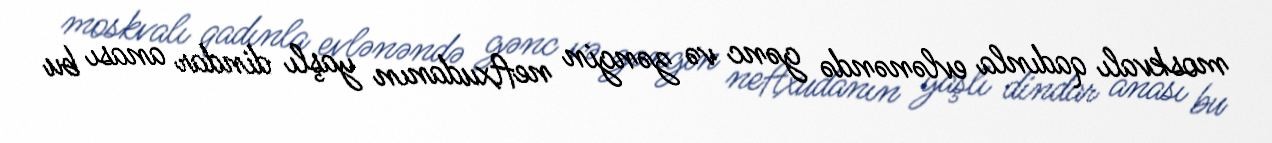
moskvalı qadınla evlənəndə gənc və zəngin neftxudanın yaşlı dindar anası bu